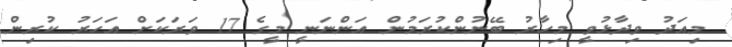
މިއަދު ވިދާޅުވީ މިހާރު ބޭނުންކުރަމުން އަންނަނީ މީގެ 17 ވަރަކަށް އަހަރު ކުރިން